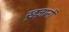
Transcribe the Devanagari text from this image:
ख़ज़ानों